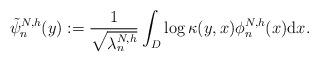
LaTeX: \begin{align*}\tilde{\psi}_n^{N,h}(y) :=\frac{1}{\sqrt{\lambda_n^{N,h}}}\int_{D}\log\kappa(y,x)\phi_n^{N,h}(x)\mathrm{d}x.\end{align*}